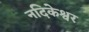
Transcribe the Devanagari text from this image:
नदिकेश्वर